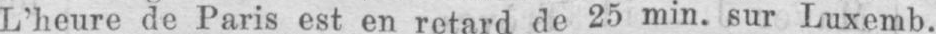
L’heure de Paris est en retard de 25 min. sur Luxemb.